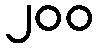
၂၀၀